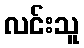
လင်းသူ